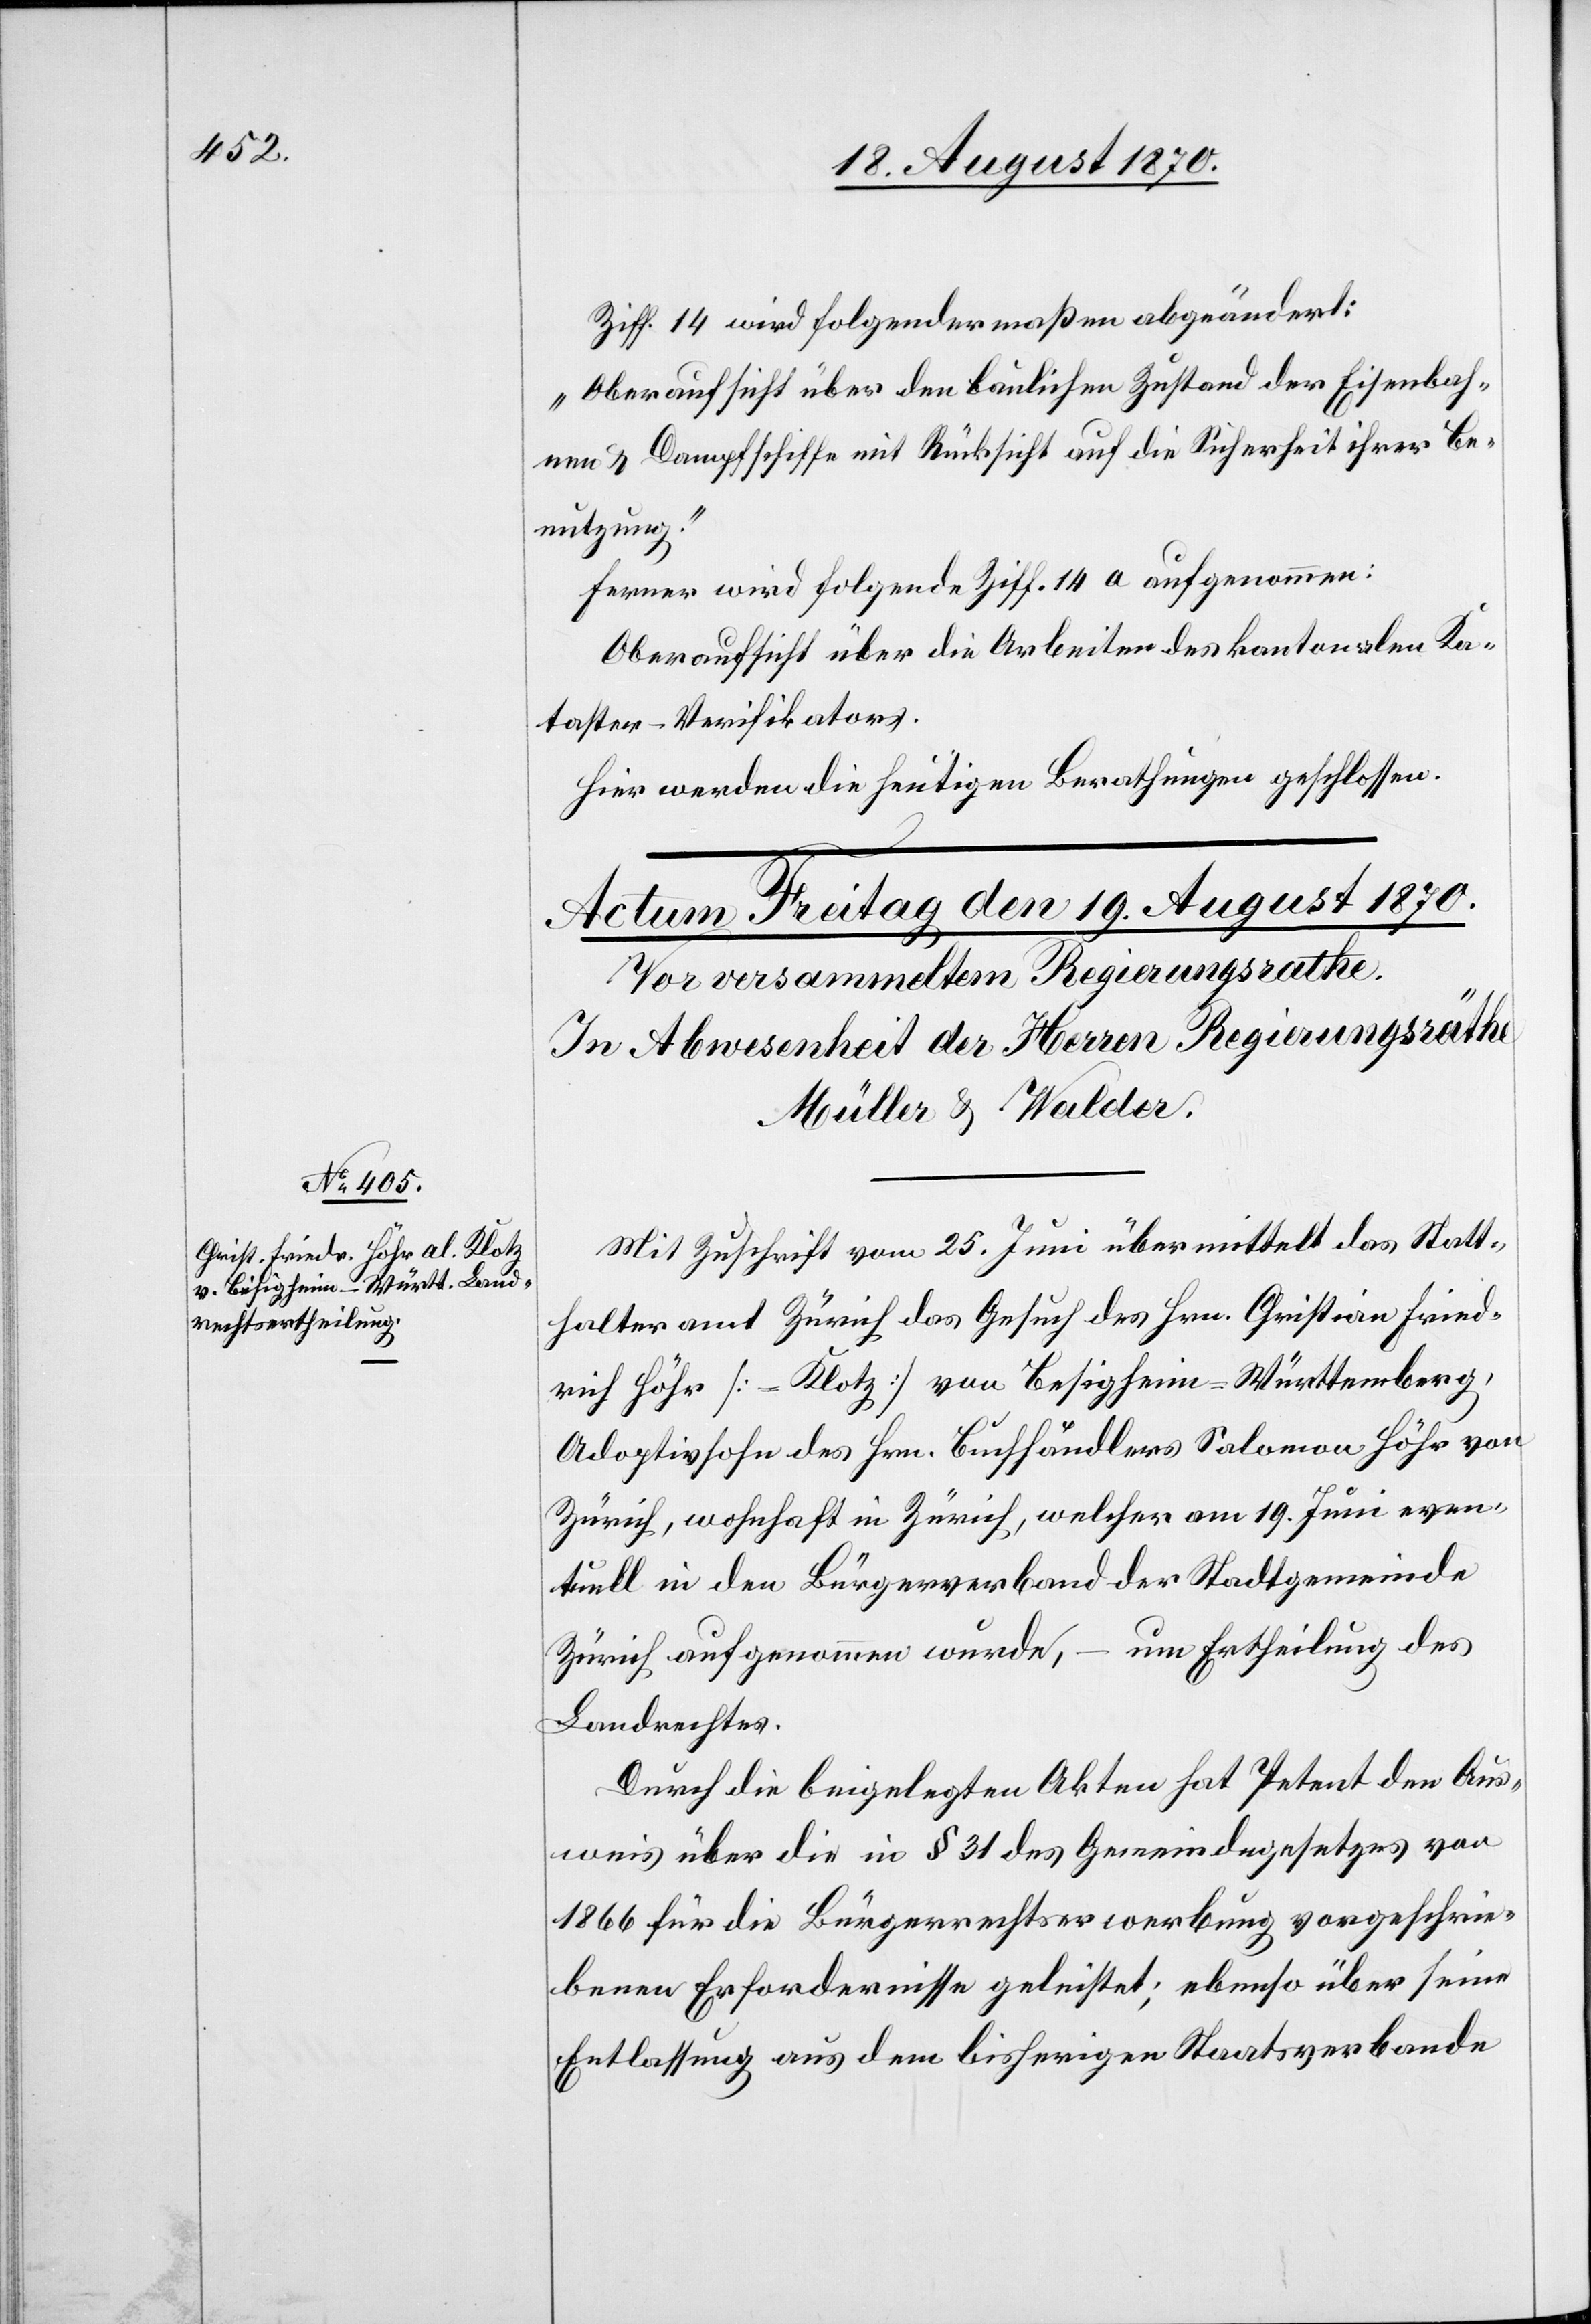
Ziff. 14 wird folgendermaßen abgeändert:
„Oberaufsicht über den baulichen Zustand der Eisenbah¬
nen & Dampfschiffe mit Rücksicht auf die Sicherheit ihrer Be¬
nutzung.“
Ferner wird folgende Ziff. 14 a aufgenommen:
Oberaufsicht über die Arbeiten des kantonalen Ka¬
taster-Verifikators.
Hier werden die heutigen Berathungen geschlossen.
Mit Zuschrift vom 25. Juni übermittelt das Statt¬
halteramt Zürich das Gesuch des Hrn. Christian Fried¬
rich Höhr [-Klotz] von Besigheim - Württemberg,
Adoptivsohn des Hrn. Buchhändlers Salomon Höhr von
Zürich, wohnhaft in Zürich, welcher am 19. Juni even¬
tuell in den Bürgerverband der Stadtgemeinde
Zürich aufgenommen wurde, – um Ertheilung des
Landrechtes.
Durch die beigelegten Akten hat Petent den Aus¬
weis über die in § 31 des Gemeindegesetzes von
1866 für die Bürgerrechtserwerbung vorgeschrie¬
benen Erfordernisse geleistet; ebenso über seine
Entlassung aus dem bisherigen Staatsverbande